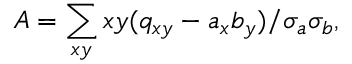
A = \sum _ { x y } x y ( q _ { x y } - a _ { x } b _ { y } ) / \sigma _ { a } \sigma _ { b } ,